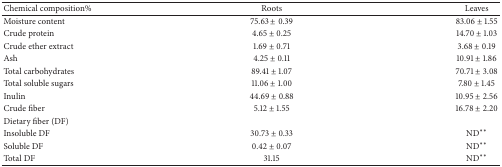
<table><thead><tr><td><b>Chemical composition%</b></td><td><b>Roots</b></td><td><b>Leaves</b></td></tr></thead><tbody><tr><td>Moisture content</td><td>75.63 ± 0.39</td><td>83.06 ± 1.55</td></tr><tr><td>Crude protein</td><td>4.65 ± 0.25</td><td>14.70 ± 1.03</td></tr><tr><td>Crude ether extract</td><td>1.69 ± 0.71</td><td>3.68 ± 0.19</td></tr><tr><td>Ash</td><td>4.25 ± 0.11</td><td>10.91 ± 1.86</td></tr><tr><td>Total carbohydrates</td><td>89.41 ± 1.07</td><td>70.71 ± 3.08</td></tr><tr><td>Total soluble sugars</td><td>11.06 ± 1.00</td><td>7.80 ± 1.45</td></tr><tr><td>Inulin</td><td>44.69 ± 0.88</td><td>10.95 ± 2.56</td></tr><tr><td>Crude fiber</td><td>5.12 ± 1.55</td><td>16.78 ± 2.20</td></tr><tr><td>Dietary fiber (DF)</td><td> </td><td> </td></tr><tr><td>Insoluble DF</td><td>30.73 ± 0.33</td><td>ND<sup><i>∗∗</i></sup></td></tr><tr><td>Soluble DF</td><td>0.42 ± 0.07</td><td>ND<sup><i>∗∗</i></sup></td></tr><tr><td>Total DF</td><td>31.15</td><td>ND<sup><i>∗∗</i></sup></td></tr></tbody></table>